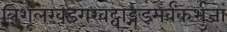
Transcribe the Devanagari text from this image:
त्रिशूलखड्गखट्वाङ्गडमर्वंकर्भुजां